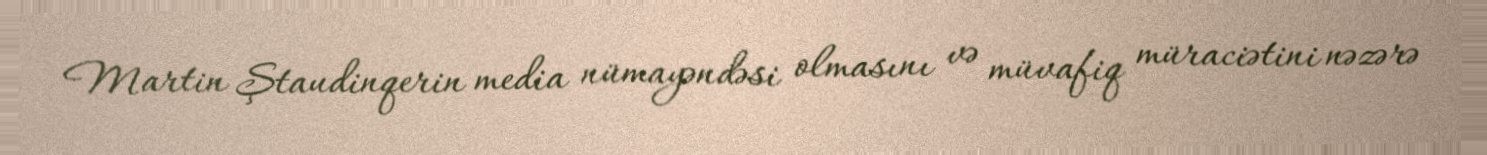
Martin Ştaudinqerin media nümayəndəsi olmasını və müvafiq müraciətini nəzərə